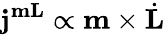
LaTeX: \mathbf{j}^{\mathbf{mL}}\propto\mathbf{m}\times\dot{\mathbf{L}}